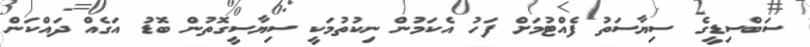
ސަބްސިޑީގެ ސިޔާސަތު ފެއްޓުމަށް ފަހު އެކަމުން ނިކުތުމަކީ ސިޔާސީގޮތުން ބޮޑު އަގެއް ދައްކަން